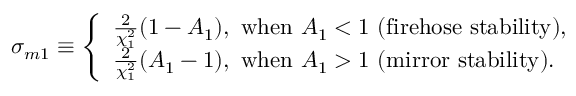
\sigma _ { m 1 } \equiv \left\{ \begin{array} { l } { \frac { 2 } { \chi _ { 1 } ^ { 2 } } ( 1 - A _ { 1 } ) , ~ \mathrm { w h e n } ~ A _ { 1 } < 1 ~ ( \mathrm { f i r e h o s e } ~ \mathrm { s t a b i l i t y } ) , } \\ { \frac { 2 } { \chi _ { 1 } ^ { 2 } } ( A _ { 1 } - 1 ) , ~ \mathrm { w h e n } ~ A _ { 1 } > 1 ~ ( \mathrm { m i r r o r } ~ \mathrm { s t a b i l i t y } ) . } \end{array} \right.